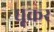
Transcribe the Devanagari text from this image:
धूकर